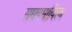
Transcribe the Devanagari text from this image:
समयमायित्व